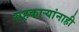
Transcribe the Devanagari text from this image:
सहकार्‍यांनाही